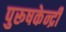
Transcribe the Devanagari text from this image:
पुरूषकेन्द्री